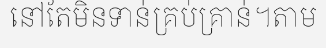
នៅតែមិនទាន់គ្រប់គ្រាន់។តាម